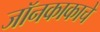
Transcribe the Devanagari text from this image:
जॉनकाकाचे